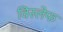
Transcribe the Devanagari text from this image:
विस्लेफ